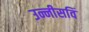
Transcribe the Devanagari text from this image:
उन्नीसविं